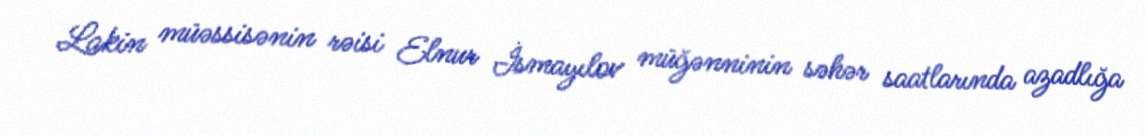
Lakin müəssisənin rəisi Elnur İsmayılov müğənninin səhər saatlarında azadlığa